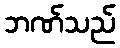
ဘဏ်သည်